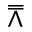
\doublebarwedge